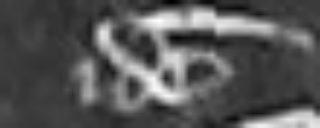
idem